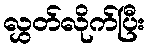
လွှတ်လိုက်ပြီး